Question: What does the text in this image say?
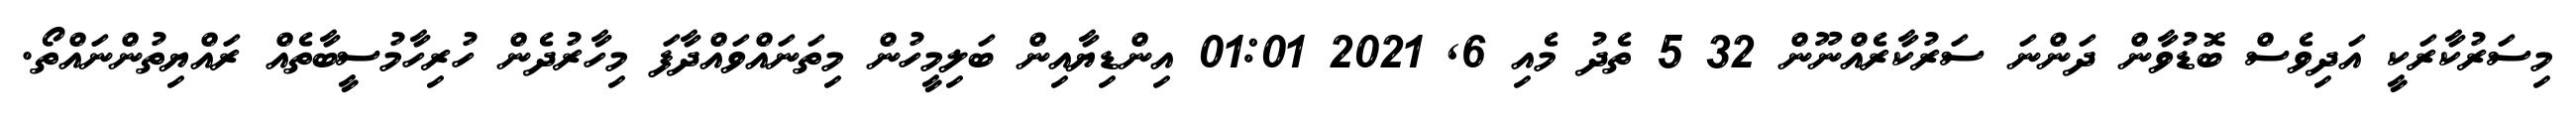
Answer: މިސަރުކާރަކީ އަދިވެސް ބޮޑުވާން ދަންނަ ސަރުކާރެއްނޫން 32 5 ތެދު މެއި 6, 2021 01:01 އިންޑިޔާއިން ބަލިމީހުން މިތަނައްވައްދާފަ މިހާރުދެން ހުރިހާމުސީބާތެއް ރައްޔިތުންނައްތޯ.